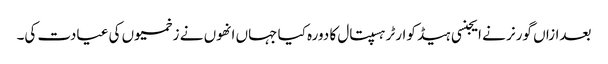
بعدازاں گورنر نے ایجنسی ہیڈ کوارٹر ہسپتال کا دورہ کیا جہاں انھوں نے زخمیوں کی عیادت کی۔